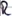
Text: R